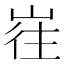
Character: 𱛶